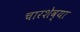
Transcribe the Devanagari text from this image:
चारशेव्या